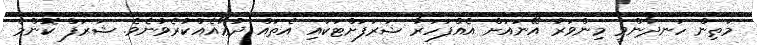
މަތިން ހަނދާންވީ މިންވަރު އޭނައަށް އެއްފަހަރާ ޝަރަފަށްޓަކައި އެތައް ދުޢާއެއްކުރެވުނެވެ. ޝަރަފް ކޮންމެ